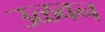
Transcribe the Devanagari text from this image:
उळवन